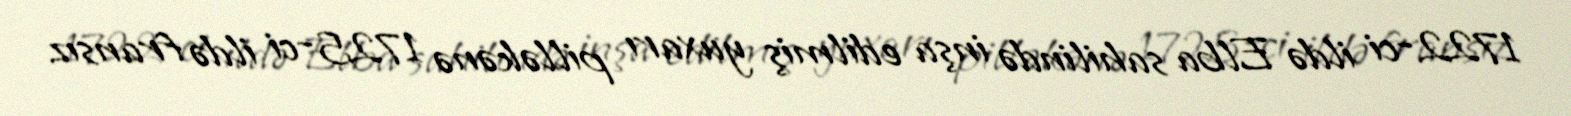
1722-ci ildə Elba sahilində inşa edilmiş yuxarı pilləkənə 1725-ci ildə fransız